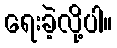
ရေးခဲ့လို့ပါ။